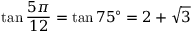
\tan { \frac { 5 \pi } { 1 2 } } = \tan 7 5 ^ { \circ } = 2 + { \sqrt { 3 } }